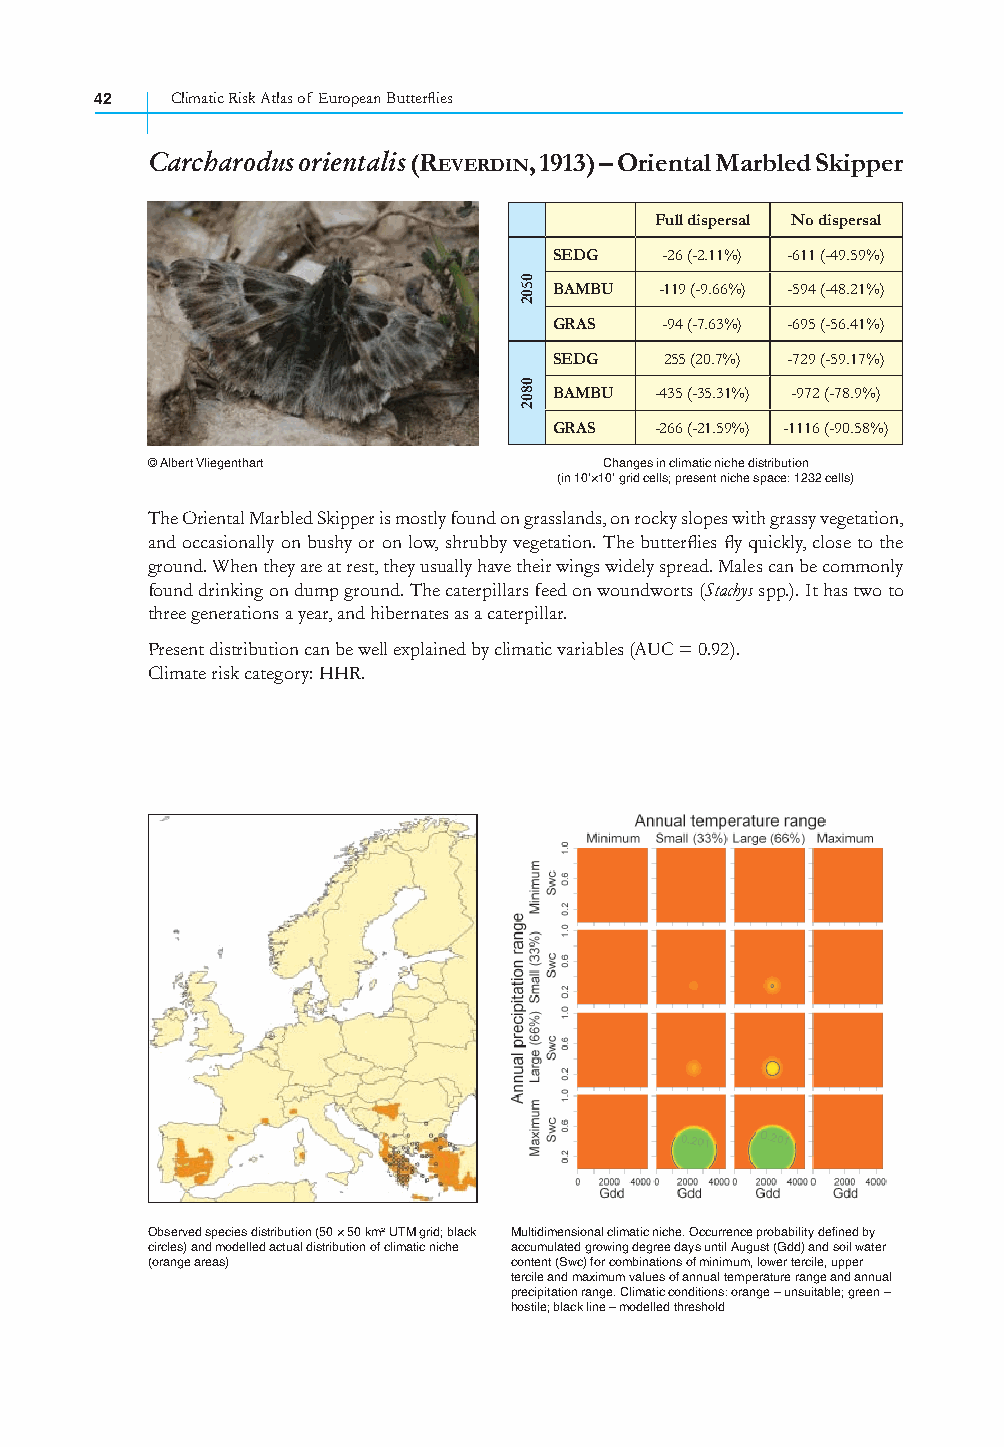
42   Climatic Risk Atlas of European Butterfl ies
 Carcharodus orientalis (REVERDIN, 1913) – Oriental Marbled Skipper
 Full dispersal No dispersal
 SEDG   -26 (-2.11%) -611 (-49.59%)
 BAMBU  -119 (-9.66%) -594 (-48.21%)
 GRAS   -94 (-7.63%) -695 (-56.41%)
 SEDG   255 (20.7%) -729 (-59.17%)
 BAMBU -435 (-35.31%) -972 (-78.9%)
 GRAS  -266 (-21.59%) -1116 (-90.58%)
 © Albert Vliegenthart         Changes in climatic niche distribution
 (in 10’×10’ grid cells; present niche space: 1232 cells)
 The Oriental Marbled Skipper is mostly found on grasslands, on rocky slopes with grassy vegetation,
 and occasionally on bushy or on low, shrubby vegetation. The butterfl ies fl y quickly, close to the
 ground. When they are at rest, they usually have their wings widely spread. Males can be commonly
 found drinking on dump ground. The caterpillars feed on woundworts (Stachys spp.). It has two to
 three generations a year, and hibernates as a caterpillar.
 Present distribution can be well explained by climatic variables (AUC = 0.92).
 Climate risk category: HHR.
 Observed species distribution (50 × 50 km² UTM grid; black Multidimensional climatic niche. Occurrence probability defined by
 circles) and modelled actual distribution of climatic niche accumulated growing degree days until August (Gdd) and soil water
 (orange areas)          content (Swc) for combinations of minimum, lower tercile, upper
 tercile and maximum values of annual temperature range and annual
 precipitation range. Climatic conditions: orange – unsuitable; green –
 hostile; black line – modelled threshold
 0502
 0802